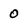
Character: 0